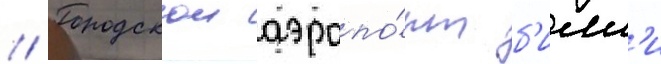
// Городскои аэропо́рт б'илл'и